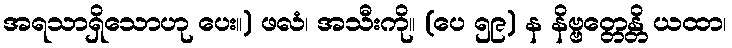
အရသာရှိသောဟု ပေး။) ဖလံ၊ အသီးကို။ (ပေ ၅၉) န နိဗ္ဗတ္တေန္တိ ယထာ၊